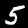
Digit: 5